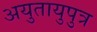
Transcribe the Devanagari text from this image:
अयुतायुपुत्र